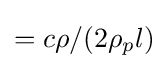
=c\rho /(2\rho _{p}l)